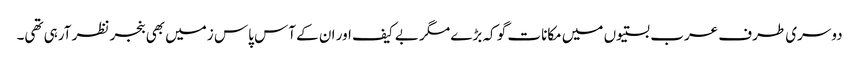
دوسری طرف عرب بستیوں میں مکانات گو کہ بڑے مگر بے کیف اور ان کے آس پاس زمیں بھی بنجر نظر آرہی تھی۔